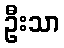
ဦးသာ